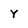
Character: Y